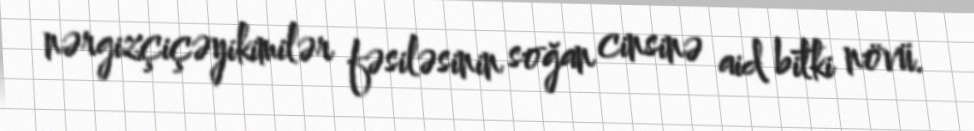
nərgizçiçəyikimilər fəsiləsinin soğan cinsinə aid bitki növü.